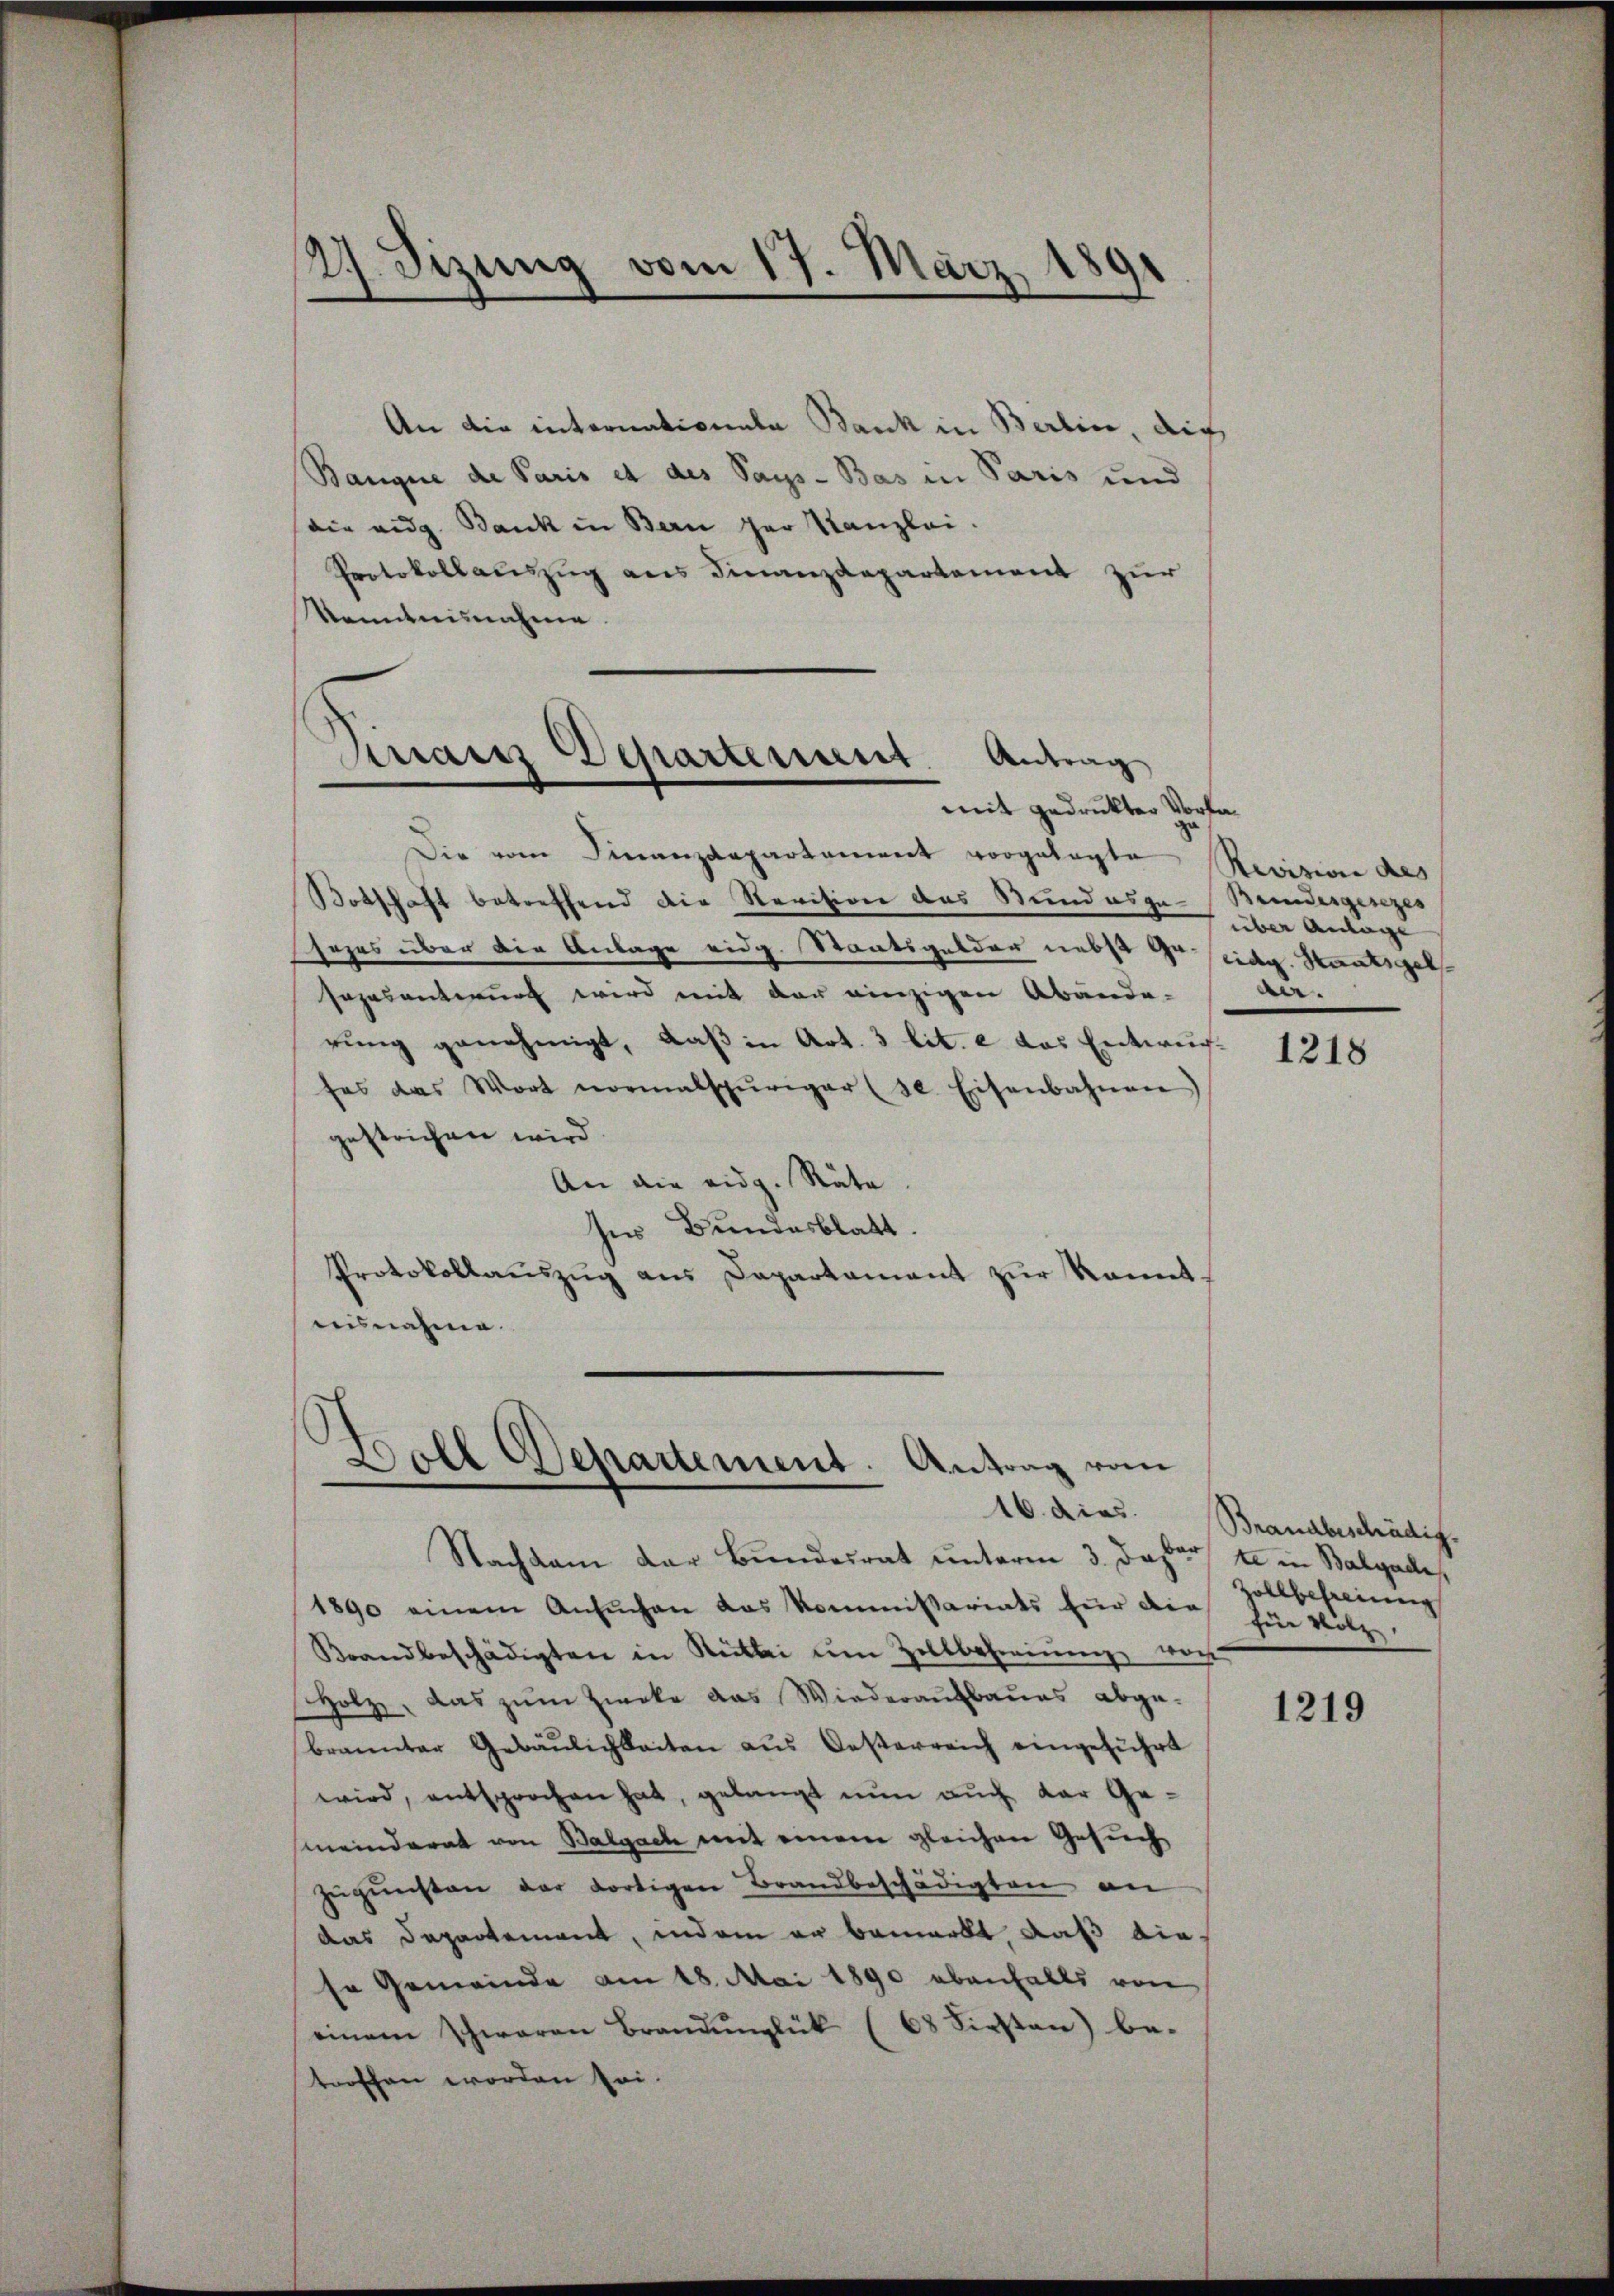
27. Sizung vom 17. März 1891

An die internationale Bank in Berline, die
Banque de Paris et des Pays - Bas in Paris und
die eidg. Bank in Bern der Kanzlei.
Protokollauszug aus Finanzdepartement zur
Nominisnahme.

Tirains Departement. Antrag
mit gedruckter Vorfa¬

Die vom Finanzdepartament vorgelegte Revisione des
Botschaft betreffend die Revision des Stundesge-Beindesgesezes
sezes über die Anlage eidg. Staatsgelder nebst de eidg. Staatsgel
sazasanterung wird mit der einzigen Abände-
rung genehmigt, daß in Art. 3 lit. e das Entwuch-
fes das Wort normalspuriger (s. Eisenbahnen
gestrichen wird
An die eidg. Räte
ses Bundesblatt.
Protokollauszug aus Departament zŭr Kenntausnahme.

Doll Departement. Antrag vom
16. dies
Nachkam der Bundesrat unterm 3. daher

1890 einem Ansuchen das Kommißariats für die hie hölz
Brandbeschädigten in Rütli ŭm Zollbefreiung von
Holz, das zum Zwecke das Wiederaufbaues abge-
brannter Gebäŭlichkeiten aus Oesterreich eingeführt
wird, entsprochen hat, gelangt nun auch der Gemeinderat von Balgach mit einem gleichen Gesuch
Zŭgŭnsten der dortigen Brandbeschädigten an
das Departement, indem er bemerkt daß die
se Gemeinde am 18. Mai 1890 ebenfalls von
einem Schwaren Brandŭnglük (68 Firsten) be-
troffen worden sei.

über Anlage
ae.

1218

Brandbeschädig.
bar
te in Balgadi
Zollbefreiung

1219